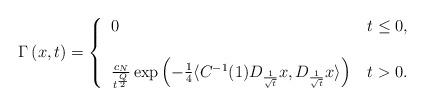
LaTeX: \begin{align*}\Gamma \left(x,t\right) =\left\{\begin{tabular}[c]{lll}$0$ & $t\leq0,$\\ \mbox{}\\$\frac{c_N}{t^{\frac{Q}{2}}} \exp \left( -\frac{1}{4} \langle C^{-1} (1) D_{\frac{1}{\sqrt{t}}} x, D_{\frac{1}{\sqrt{t}}} x \rangle \right) $ & $ t>0.$\end{tabular}\ \right. \end{align*}